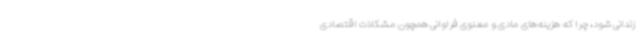
زندانی شود، چرا که هزینه‌های مادی و معنوی فراوانی همچون مشکلات اقتصادی